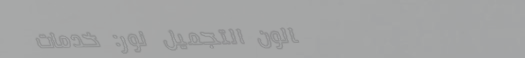
صالون التجميل نور: خدمات